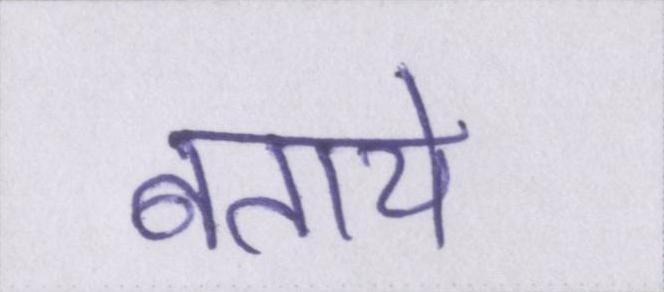
बताये